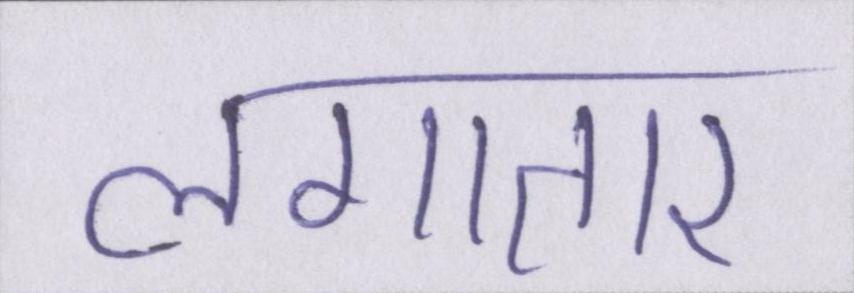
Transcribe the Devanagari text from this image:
लगातार